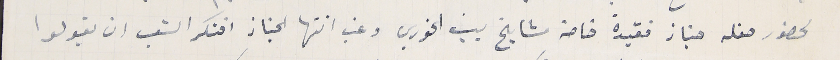
لحضور حفله جناز فقيدة خاصة مشايخ بيت الخوري وغب انتها الجناز افتكر الشعب ان يقولوا